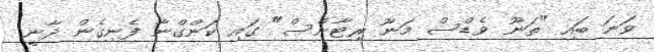
ވަނަ ބައި "ތަނޫ ވެޑްސް މަނޫ ރިޓާންސް" ގައި ކަންގްނާ ފެނިގެން ދާނީ